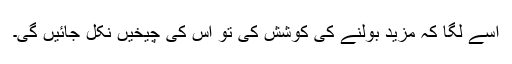
اسے لگا کہ مزید بولنے کی کوشش کی تو اس کی چیخیں نکل جائیں گی۔